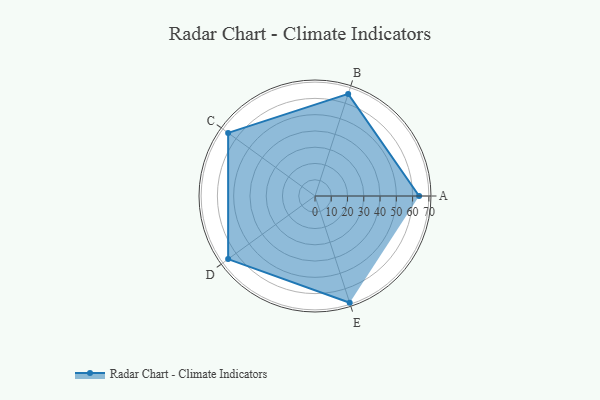
{"axis": {"x": "Skill", "y": "Score"}, "legend": ["Profile"], "data": [{"x": "A", "y": 64.0, "type": "Profile"}, {"x": "B", "y": 66.0, "type": "Profile"}, {"x": "C", "y": 66.0, "type": "Profile"}, {"x": "D", "y": 66.0, "type": "Profile"}, {"x": "E", "y": 69.0, "type": "Profile"}]}